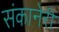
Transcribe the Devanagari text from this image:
संकानेरी